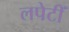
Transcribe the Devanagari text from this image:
लपेटीं